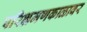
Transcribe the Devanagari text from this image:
परिभ्रमणकाळावर